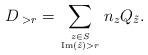
LaTeX: \begin{align*}D_{\; >r}=\sum_{z \in S \atop \mathrm{Im}(\tilde{z})>r} n_z Q_{\tilde{z}}.\end{align*}